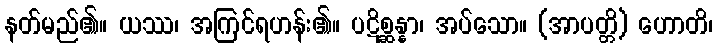
နတ်မည်၏။ ယဿ၊ အကြင်ရဟန်း၏။ ပဋိစ္ဆန္နာ၊ အပ်သော။ (အာပတ္တိ) ဟောတိ၊